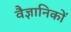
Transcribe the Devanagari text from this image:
वैज्ञानिकों